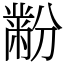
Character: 黺